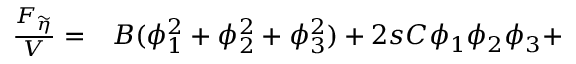
\begin{array} { r l } { \frac { F _ { \widetilde { \eta } } } { V } = } & { { } B ( \phi _ { 1 } ^ { 2 } + \phi _ { 2 } ^ { 2 } + \phi _ { 3 } ^ { 2 } ) + 2 s C \phi _ { 1 } \phi _ { 2 } \phi _ { 3 } + } \end{array}